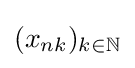
\textstyle (x_{nk})_{k\in \mathbb {N} }